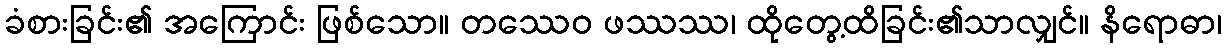
ခံစားခြင်း၏ အကြောင်း ဖြစ်သော။ တဿေဝ ဖဿဿ၊ ထိုတွေ့ထိခြင်း၏သာလျှင်။ နိရောဓာ၊